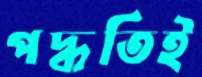
পদ্ধতিই